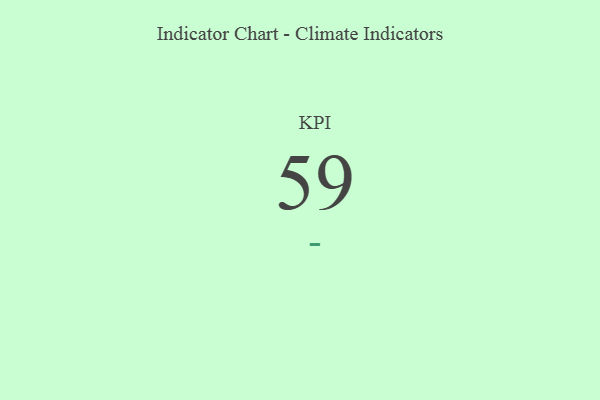
{"axis": {"x": "KPI", "y": "Value"}, "legend": [""], "data": [{"x": "KPI", "y": 59, "type": ""}]}